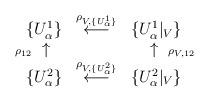
LaTeX: \begin{align*}\begin{array}{ccc}\{ U^1_{\alpha} \} & \stackrel{ \rho_{V, \{ U^1_{\alpha} \}} }{ \longleftarrow } & \{ U^1_{\alpha} |_V \} \\\makebox[0pt][r]{ $\scriptstyle{ \rho_{12} }$ } \uparrow & &\uparrow \makebox[0pt][l]{ $\scriptstyle{ \rho_{V, 12} }$ } \\\{ U^2_{\alpha} \} & \stackrel{ \rho_{V, \{ U^2_{\alpha} \} } }{ \longleftarrow } & \{ U^2_{\alpha} |_V \}\end{array}\end{align*}